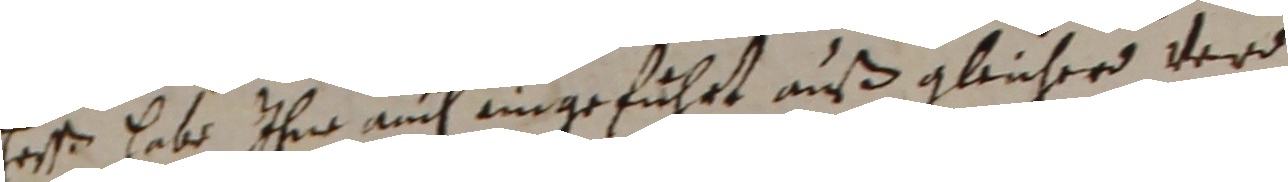
Erst habe ihm auch eingeführt auß gleicher verd